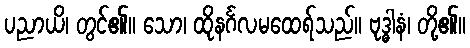
ပညာယိ၊ တွင်၏။ သော၊ ထိုနင်္ဂလမထေရ်သည်။ ဗုဒ္ဓါနံ၊ တို့၏။